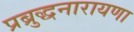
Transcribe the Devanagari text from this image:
प्रब्रुद्धनारायणा